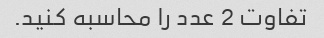
تفاوت 2 عدد را محاسبه کنید.